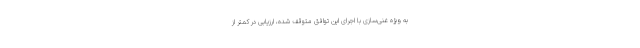
به ویژه غنی‌سازی با اجرای این توافق متوقف شده، ارزیابی‌ در کمتر از